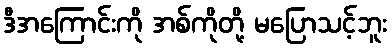
ဒီအကြောင်းကို အစ်ကိုတို့ မပြောသင့်ဘူး